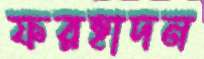
ফরহাদন